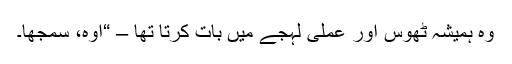
وہ ہمیشہ ٹھوس اور عملی لہجے میں بات کرتا تھا – “اوہ، سمجھا۔